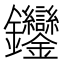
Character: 𨰼